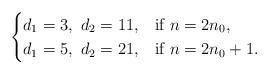
LaTeX: \begin{align*}\begin{cases}d_1=3,\ d_2=11,& \mbox{if}\ n=2n_0,\\d_1=5,\ d_2=21, & \mbox{if}\ n=2n_0+1. \\\end{cases}\end{align*}